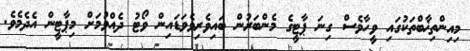
މިއިންތިޚާބްތަކުގައި ވީހާވެސް ގިނަ ޕާޓީގެ މެންބަރުން ބައިވެރިވެވަޑައިން ވޯޓު ދެއްވުމަށް މިޕާޓީން އެދެމެވެ.